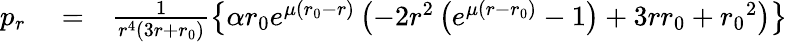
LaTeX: \begin{array}{rlr}{p_{r}}&{{}=}&{\frac{1}{r^{4}(3r+{r_{0}})}\left\lbrace\alpha{r_{0}}e^{\mu({r_{0}}-r)}\left(-2r^{2}\left(e^{\mu(r-{r_{0}})}-1\right)+3r{r_{0}}+{r_{0}}^{2}\right)\right\rbrace}\end{array}